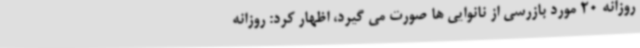
روزانه 20 مورد بازرسی از نانوایی ها صورت می گیرد، اظهار کرد: روزانه